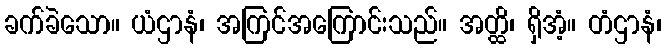
ခက်ခဲသော။ ယံဌာနံ၊ အကြင်အကြောင်းသည်။ အတ္ထိ၊ ရှိအံ့။ တံဌာနံ၊